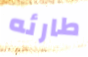
طارئه